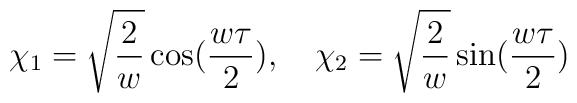
\chi_1 = \sqrt{\frac{2}{w}}\cos(\frac{w\tau}{2}),{}~~~\chi_2 = \sqrt{\frac{2}{w}}\sin(\frac{w\tau}{2})